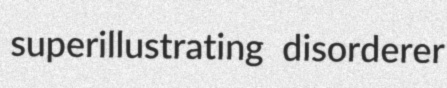
superillustrating disorderer